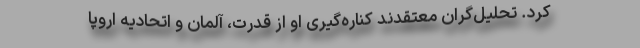
کرد. تحلیل‌گران معتقدند کناره‌گیری او از قدرت، آلمان و اتحادیه اروپا